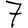
Digit: 7